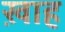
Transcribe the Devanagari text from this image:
ख़ाह